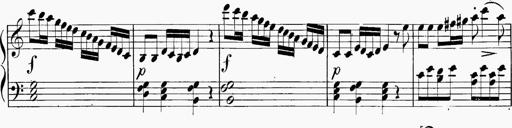
Title: 6 Sonatinas
Composer: Carl Reinecke